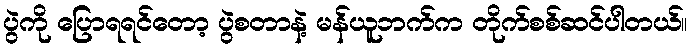
ပွဲကို ပြောရရင်တော့ ပွဲစတာနဲ့ မန်ယူဘက်က တိုက်စစ်ဆင်ပါတယ်။